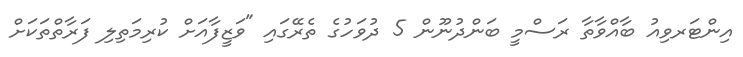
އިންޓަރވިއު ބާއްވާތާ ރަސްމީ ބަންދުނޫން 5 ދުވަހުގެ ތެރޭގައި "ވަޒީފާއަށް ކުރިމަތިލި ފަރާތްތަކަށް